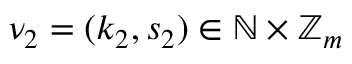
\nu _ { 2 } = ( k _ { 2 } , s _ { 2 } ) \in \mathbb { N } \times \mathbb { Z } _ { m }